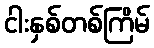
ငါးနှစ်တစ်ကြိမ်